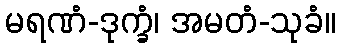
မရဏံ-ဒုက္ခံ၊ အမတံ-သုခံ။